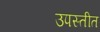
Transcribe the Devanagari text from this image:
उपस्तीत